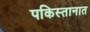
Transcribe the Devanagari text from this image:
पकिस्तानात